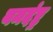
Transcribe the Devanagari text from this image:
यमदंष्ट्र